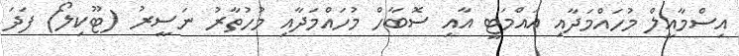
އިސްމާއީލް މުހައްމަދާއި އައްމަޓީ އާއި ސޮބާހް މުހައްމަދާއި މުހުތާރު ނަސީރު (ޓޫކިލޯ) ފަދަ